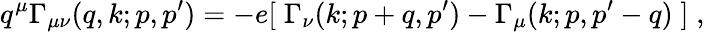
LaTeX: q^{\mu}\Gamma_{\mu\nu}(q,k;p,p^{\prime})=-e[\; \Gamma_{\nu}(k;p+q,p^{\prime})-\Gamma_{\mu}(k;p,p^{\prime}-q)\; ]\; ,